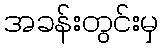
အခန်းတွင်းမှ